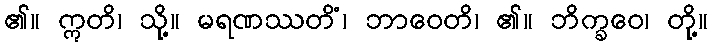
၏။ ဣတိ၊ သို့။ မရဏဿတိံ၊ ဘာဝေတိ၊ ၏။ ဘိက္ခဝေ၊ တို့။